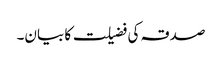
صدقہ کی فضیلت کا بیان۔